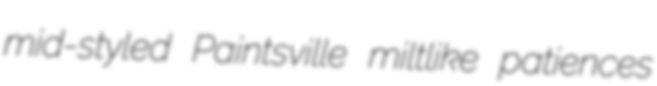
mid-styled Paintsville miltlike patiences